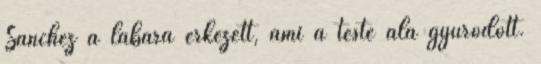
Sánchez a lábára érkezett, ami a teste alá gyűrődött.